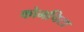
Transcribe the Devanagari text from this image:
कोनचिटा